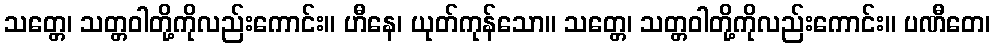
သတ္တေ၊ သတ္တဝါတို့ကိုလည်းကောင်း။ ဟီနေ၊ ယုတ်ကုန်သော။ သတ္တေ၊ သတ္တဝါတို့ကိုလည်းကောင်း။ ပဏီတေ၊